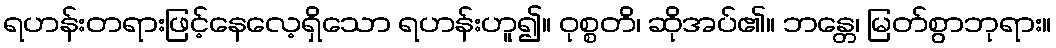
ရဟန်းတရားဖြင့်နေလေ့ရှိသော ရဟန်းဟူ၍။ ဝုစ္စတိ၊ ဆိုအပ်၏။ ဘန္တေ၊ မြတ်စွာဘုရား။